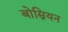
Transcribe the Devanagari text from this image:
बोस्नियन